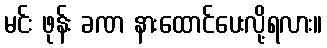
မင်း ဖုန်း ခဏ နားထောင်ပေးလို့ရလား။